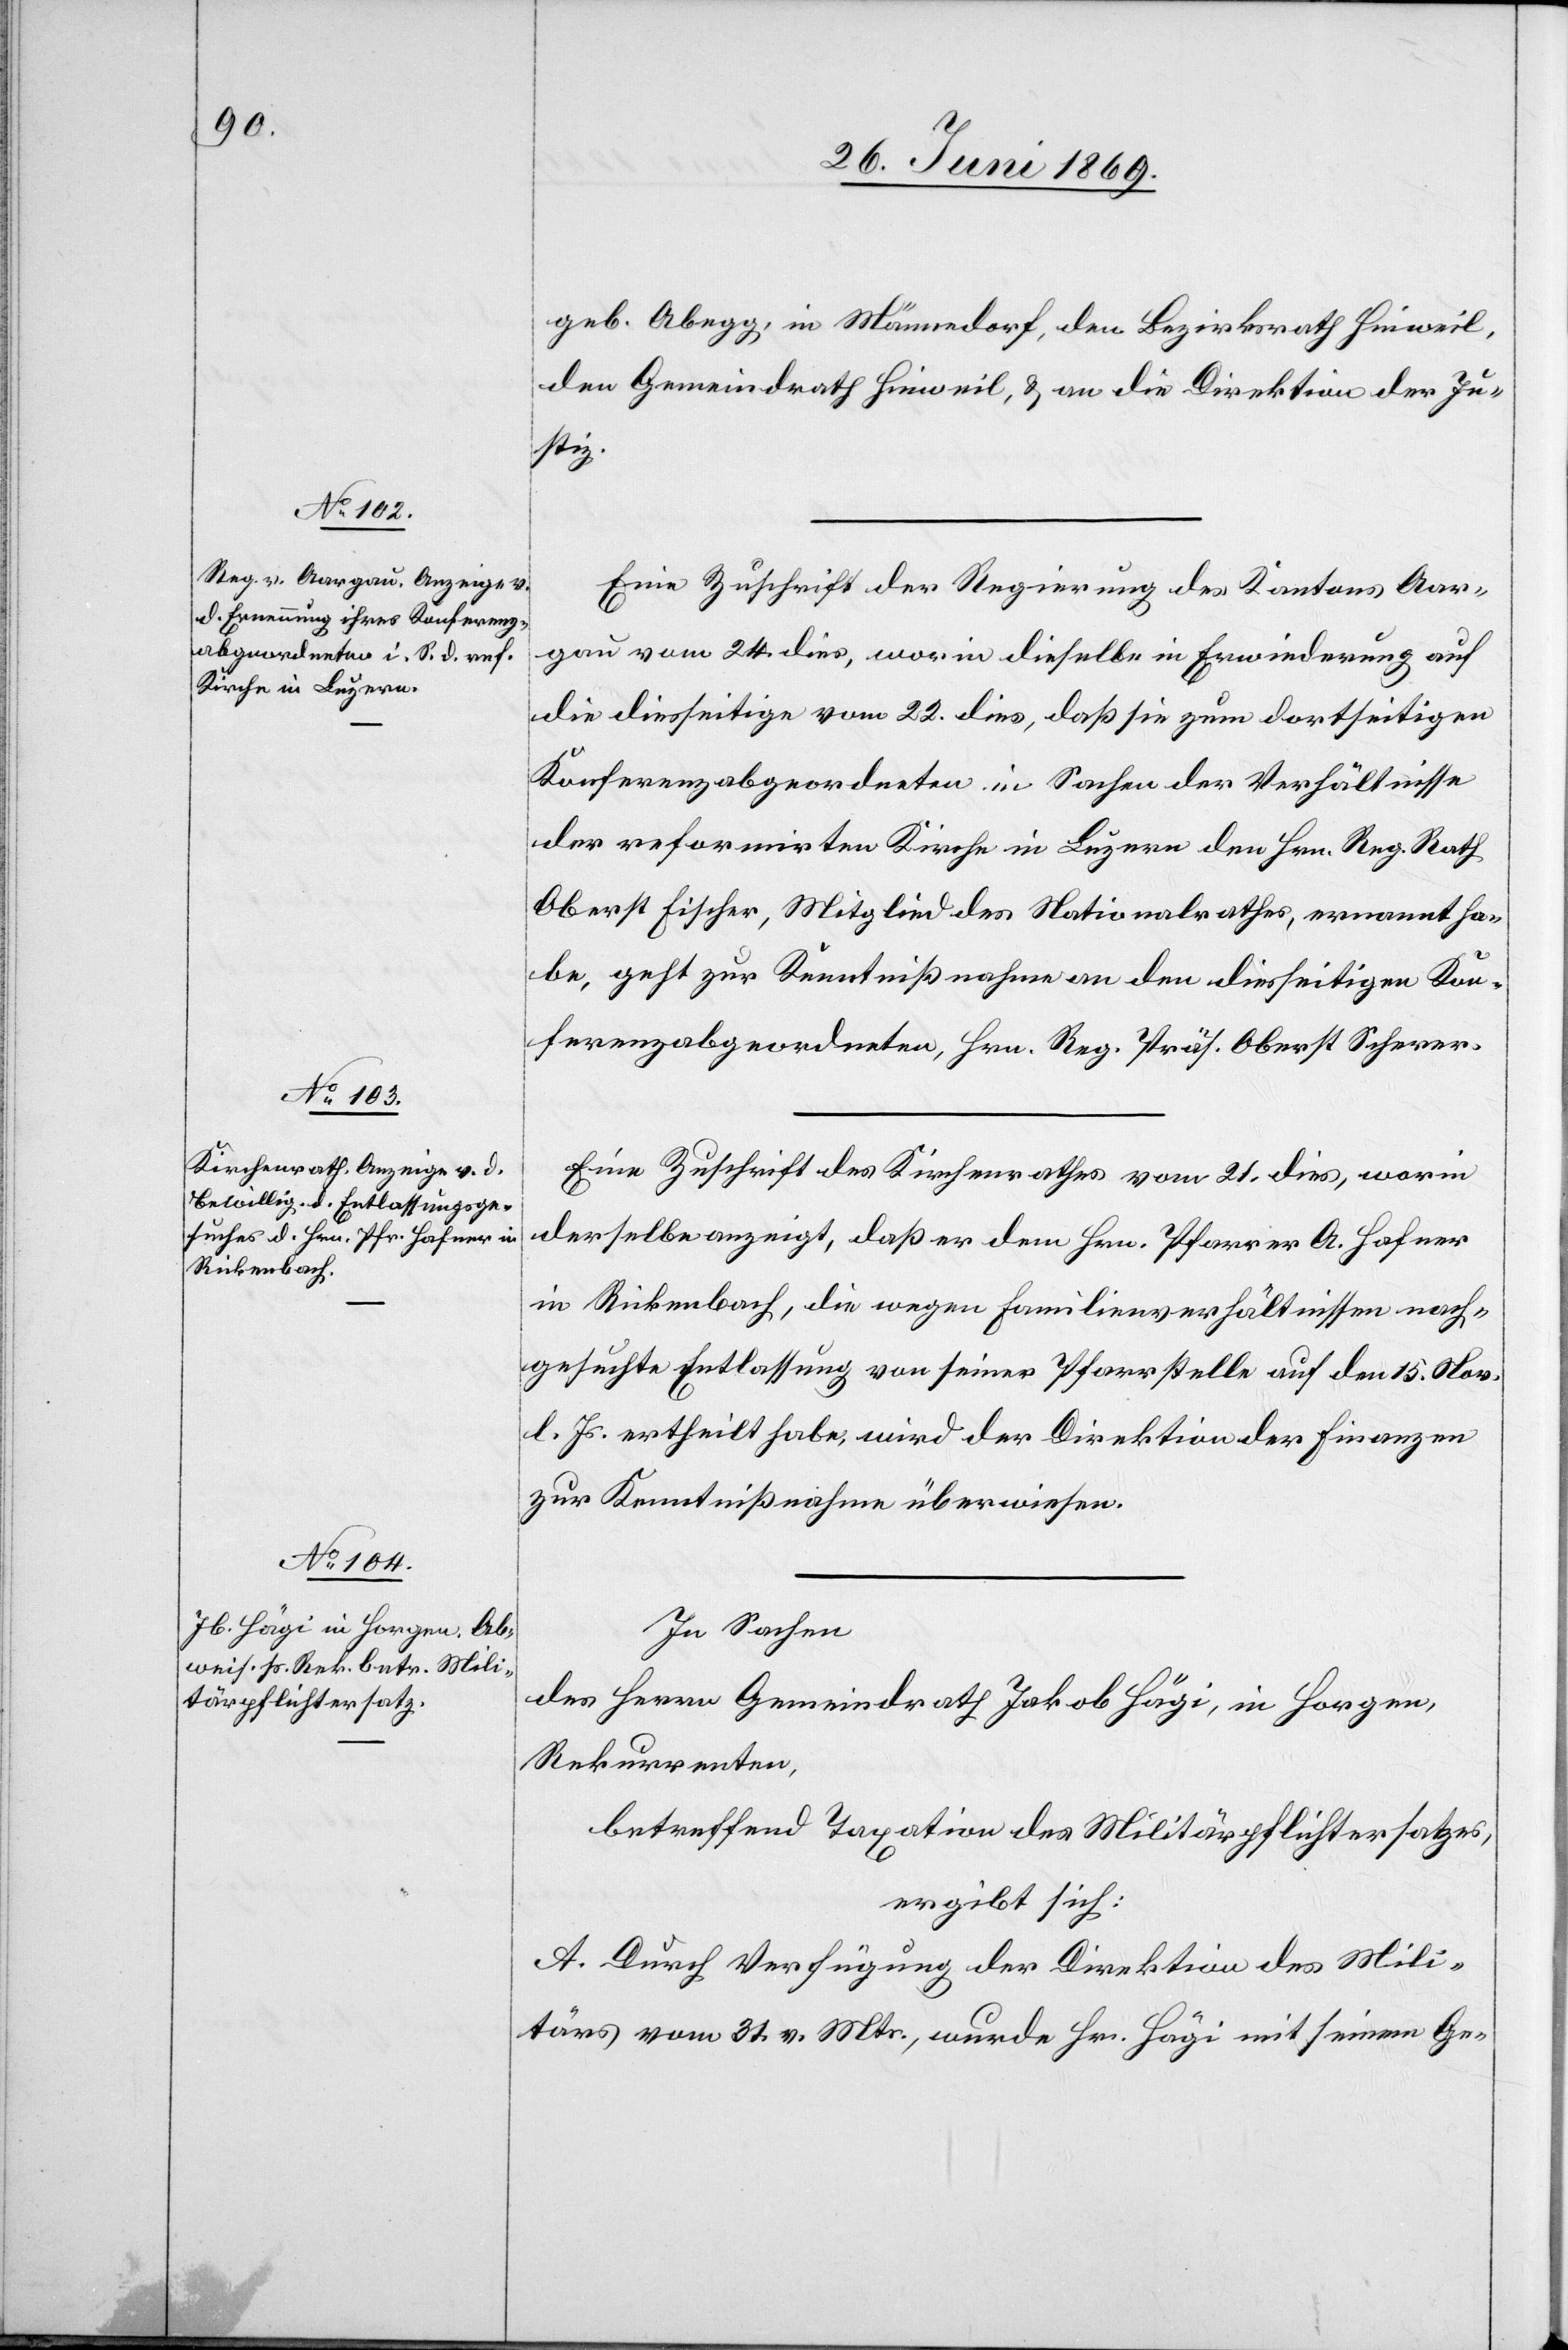
geb. Abegg, in Männedorf, den Bezirksrath Hinweil,
den Gemeindrath Hinweil, u. an die Direktion der Ju¬
stiz.
Eine Zuschrift der Regierung des Kantons Aar¬
gau vom 24 dies, worin dieselbe in Erwiederung auf
die diesseitige vom 22 dies, daß sie zum dortseitigen
Konferenzabgeordneten in Sachen der Verhältnisse
der refomirten Kirche in Luzern dem Hrn Reg. Rath
Oberst Fischer, Mitglied des Nationalrathes, ernannt ha¬
be, geht zur Kenntnißnahme an den diesseitigen Kon¬
ferenzabgeordneten, Hrn. Reg. Präs. Oberst Scherer.
Eine Zuschrift des Kirchenrathes vom 21 dies, worin
derselbe anzeigt, daß er den Hrn. Pfarrer A. Hafner
in Rickenbach, die wegen Familienverhältnissen nach¬
gesuchte Entlassung von seiner Pfarrstelle auf den 15 Nov.
l. Js. ertheilt habe, wird der Direktion der Finanzen
zur Kenntnißnahme überwiesen.
In Sachen
des Herrn Gemeindrath Jakob Hägi, in Horgen,
Rekurrenten,
betreffend Taxation des Militärpflichtersatzes,
ergibt sich:
A. Durch Verfügung der Direktion des Mili¬
tärs vom 31 v. Mts., wurde Hr. Hägi mit seinem Ge-